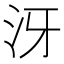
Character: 𣲨